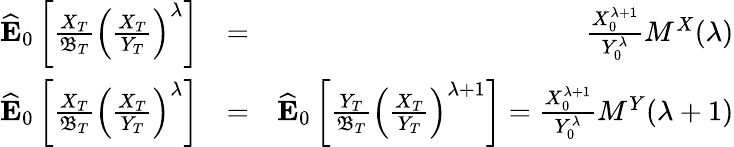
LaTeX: \begin{array}{rlr}{\widehat{\mathbf{E}}_{0}\left[\frac{X_{T}}{\mathfrak{B}_{T}}\left(\frac{X_{T}}{Y_{T}}\right)^{\lambda}\right]}&{=}&{\frac{X_{0}^{\lambda+1}}{Y_{0}^{\lambda}}M^{X}(\lambda)}\\ {\widehat{\mathbf{E}}_{0}\left[\frac{X_{T}}{\mathfrak{B}_{T}}\left(\frac{X_{T}}{Y_{T}}\right)^{\lambda}\right]}&{=}&{\widehat{\mathbf{E}}_{0}\left[\frac{Y_{T}}{\mathfrak{B}_{T}}\left(\frac{X_{T}}{Y_{T}}\right)^{\lambda+1}\right]=\frac{X_{0}^{\lambda+1}}{Y_{0}^{\lambda}}M^{Y}(\lambda+1)}\end{array}